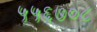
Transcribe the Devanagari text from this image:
५५६७०८